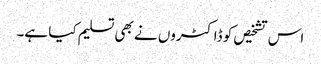
اس تشخیص کو ڈاکٹروں نے بھی تسلیم کیا ہے۔